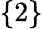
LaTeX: \{ 2\}